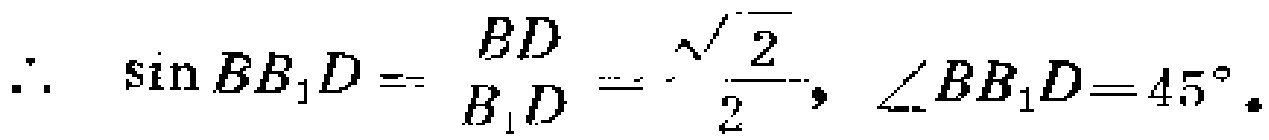
\(\therefore \sin BB_{1}D=\frac{BD}{B_{1}D}=\frac{\sqrt{2}}{2}, \angle BB_{1}D = 45^{\circ}.\)